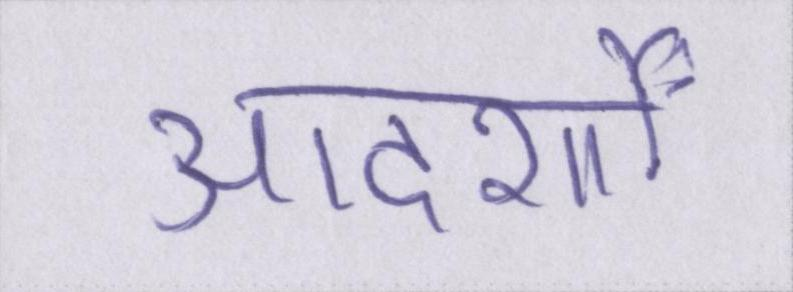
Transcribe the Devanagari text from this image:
आदर्शों